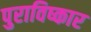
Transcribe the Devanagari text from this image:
पुराविष्कार